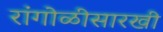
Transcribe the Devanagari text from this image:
रांगोळीसारखी